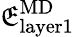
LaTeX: \mathfrak{E}_{\mathrm{{layer1}}}^{\mathrm{{{MD}}}}